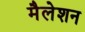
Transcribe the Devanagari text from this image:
मैलेशन